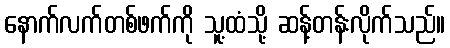
နောက်လက်တစ်ဖက်ကို သူ့ထံသို့ ဆန့်တန်းလိုက်သည်။